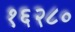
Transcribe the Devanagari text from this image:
१६२८०